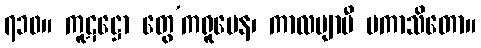
၇၁၀။ ကူဋဋ္ဌော တွေ’ကရူပေန၊ ကာလဗျာပီ ပကာသိတော။